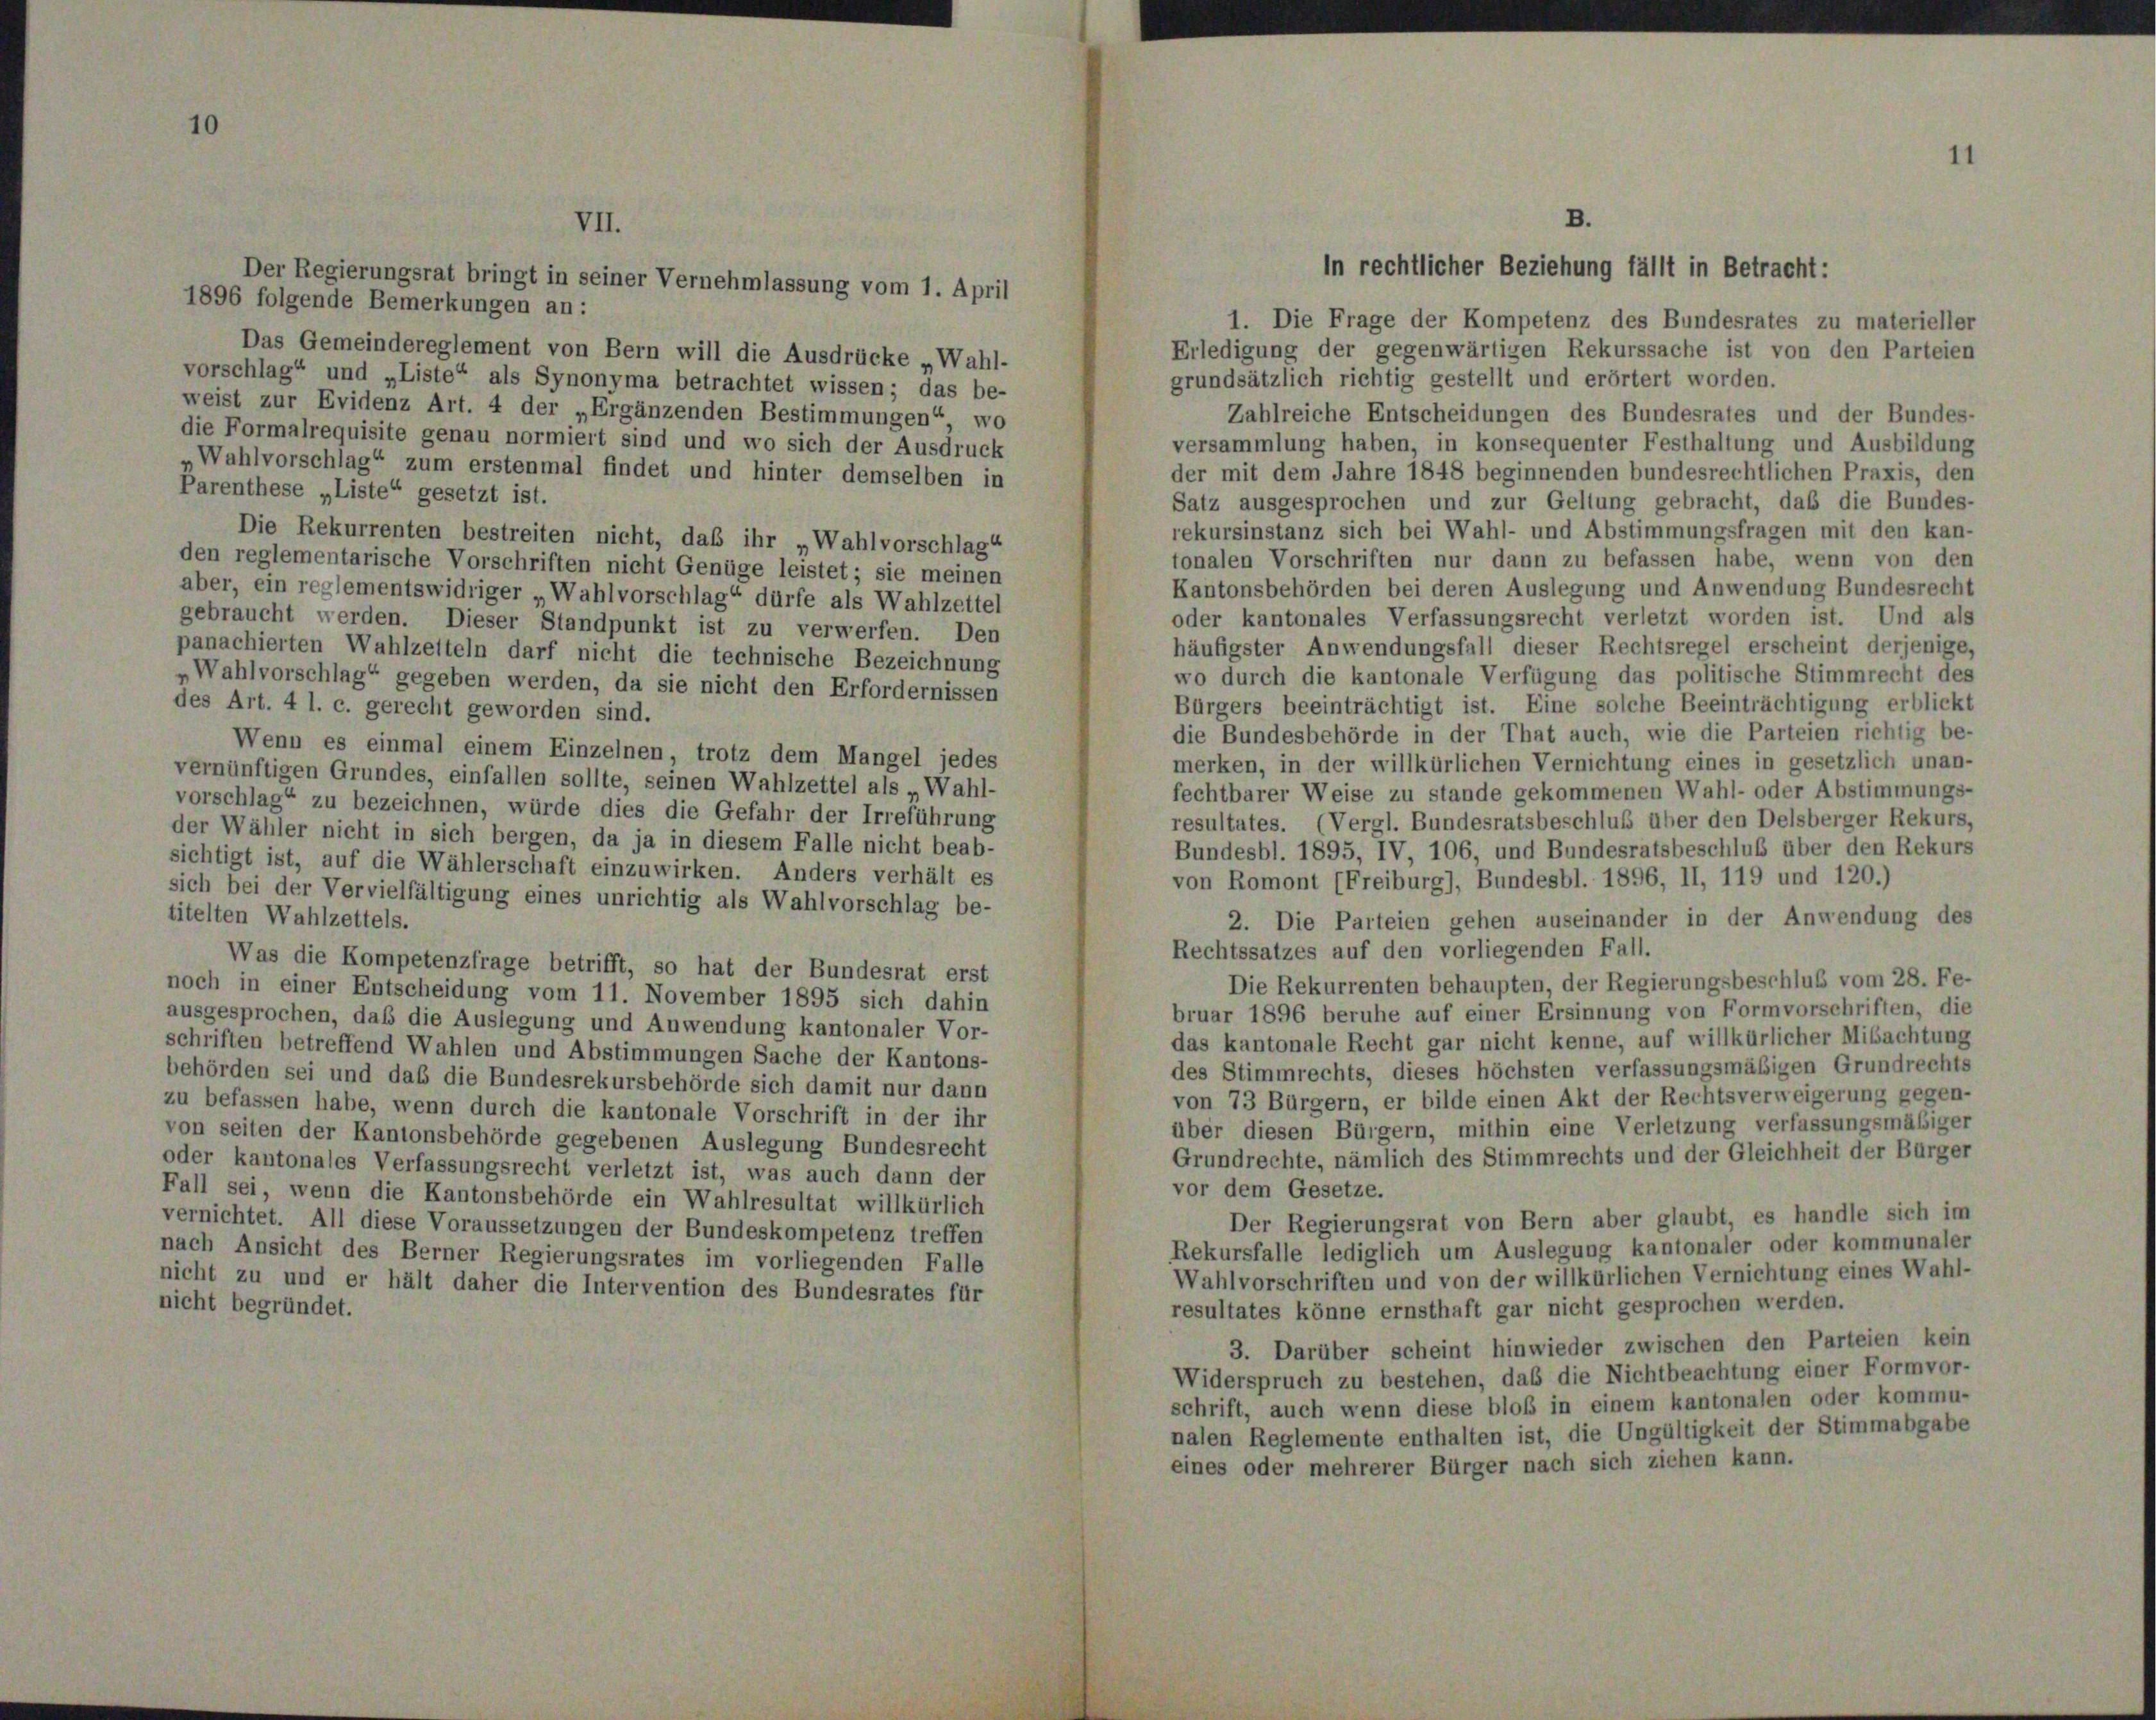
VII.

Der Regierungsrat bringt in seiner Vernehmlassung vom 1. April
1896 folgende Bemerkungen an:
1. Die Frage der Kompetenz des Bundesrates zu materieller
Erledigung der gegenwärtigen Rekurssache ist von den Parteien
Das Gemeindereglement von Bern will die Ausdrücke „Wahl-
grundsätzlich richtig gestellt und erörtert worden.
vorschlag“ und „Liste“ als Synonyma betrachtet wissen; das be-
weist zur Evidenz Art. 4 der „Ergänzenden Bestimmungen“, wo
Zahlreiche Entscheidungen des Bundesrates und der Bundes-
die Formalrequisite genau normiert sind und wo sich der Ausdruck
versammlung haben, in konsequenter Festhaltung und Ausbildung
„Wahlvorschlag“ zum erstenmal findet und hinter demselben in
der mit dem Jahre 1848 beginnenden bundesrechtlichen Praxis, den
Parenthese „Liste“ gesetzt ist.
Satz ausgesprochen und zur Geltung gebracht, daß die Bundes-
rekursinstanz sich bei Wahl- und Abstimmungsfragen mit den kan-
Die Rekurrenten bestreiten nicht, daß ihr „Wahlvorschlag“
tonalen Vorschriften nur dann zu befassen habe, wenn von den
den reglementarische Vorschriften nicht Genüge leistet; sie meinen
Kantonsbehörden bei deren Auslegung und Anwendung Bundesrecht
aber, ein reglementswidriger Wahlvorschlag“ dürfe als Wahlzettel
oder kantonales Verfassungsrecht verletzt worden ist. Und als
gebraucht werden. Dieser Standpunkt ist zu verwerfen. Den
häufigster Anwendungsfall dieser Rechtsregel erscheint derjenige,
panachierten Wahlzeiteln darf nicht die technische Bezeichnung
wo durch die kantonale Verfügung das politische Stimmrecht des
„Wahlvorschlag“ gegeben werden, da sie nicht den Erfordernissen
Bürgers beeinträchtigt ist. Eine solche Beeinträchtigung erblickt
des Art. 4 l. c. gerecht geworden sind.
die Bundesbehörde in der That auch, wie die Parteien richtig be-
Wenn es einmal einem Einzelnen, trotz dem Mangel jedes
merken, in der willkürlichen Vernichtung eines in gesetzlich unan-
vernünftigen Grundes, einfallen sollte, seinen Wahlzettel als „Wahl-
fechtbarer Weise zu stande gekommenen Wahl- oder Abstimmungs-
vorschlag“ zu bezeichnen, würde dies die Gefahr der Irreführung
resultates. (Vergl. Bundesratsbeschluß über den Delsberger Rekurs,
der Wähler nicht in sich bergen, da ja in diesem Falle nicht beab-
Bundesbl. 1895, IV, 106, und Bundesratsbeschluß über den Rekurs
sichtigt ist, auf die Wählerschaft einzuwirken. Anders verhält es
von Romont (Freiburg), Bundesbl. 1896, II, 119 und 120.)
sich bei der Vervielfältigung eines unrichtig als Wahlvorschlag be-
titelten Wahlzettels.
2. Die Parteien gehen auseinander in der Anwendung des
Rechtssatzes auf den vorliegenden Fall.
Was die Kompetenzfrage betrifft, so hat der Bundesrat erst
Die Rekurrenten behaupten, der Regierungsbeschluß vom 28. Fe-
noch in einer Entscheidung vom 11. November 1895 sich dahin
bruar 1896 beruhe auf einer Ersinnung von Formvorschriften, die
ausgesprochen, daß die Auslegung und Anwendung kantonaler Vor-
das kantonale Recht gar nicht kenne, auf willkürlicher Mibachtung
schriften betreffend Wahlen und Abstimmungen Sache der Kantons-
des Stimmrechts, dieses höchsten verfassungsmäßigen Grundrechts
behörden sei und daß die Bundesrekursbehörde sich damit nur dann
von 73 Bürgern, er bilde einen Akt der Rechtsverweigerung gegen-
zu befassen habe, wenn durch die kantonale Vorschrift in der ihr
über diesen Bürgern, mithin eine Verletzung verfassungsmäßiger
von seiten der Kantonsbehörde gegebenen Auslegung Bundesrecht
Grundrechte, nämlich des Stimmrechts und der Gleichheit der Bürger
oder kantonales Verfassungsrecht verletzt ist, was auch dann der
vor dem Gesetze.
Fall sei, wenn die Kantonsbehörde ein Wahlresultat willkürlich
Der Regierungsrat von Bern aber glaubt, es handle sich im
vernichtet. All diese Voraussetzungen der Bundeskompetenz treffen
Rekursfalle lediglich um Auslegung kantonaler oder kommunaler
nach Ansicht des Berner Regierungsrates im vorliegenden Falle
Wahlvorschriften und von der willkürlichen Vernichtung eines Wahl-
nicht zu und er hält daher die Intervention des Bundesrates für
nicht begründet.
resultates könne ernsthaft gar nicht gesprochen werden.
3. Darüber scheint hinwieder zwischen den Parteien kein
Widerspruch zu bestehen, daß die Nichtbeachtung einer Formvor-
schrift, auch wenn diese bloß in einem kantonalen oder kommu-
nalen Reglemente enthalten ist, die Ungültigkeit der Stimmabgabe
eines oder mehrerer Bürger nach sich ziehen kann.

B.
in rechtlicher Beziehung fällt in Betracht: